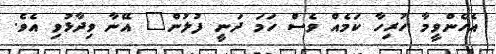
އެހެންވީމާ ހުރިހާ ކަމެއް ވެސް ހަމަ ދަނީ ފުލުން" އޭނާ ވިދާޅުވި އެވެ.